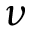
\nu